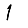
Digit: 1